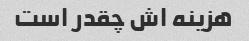
هزینه اش چقدر است